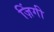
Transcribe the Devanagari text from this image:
ज़िंगी